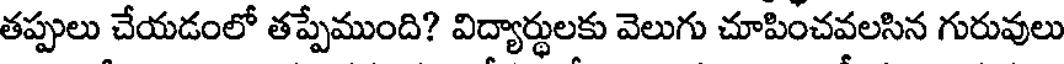
తప్పులు చేయడంలో తప్పేముంది? విద్యార్థులకు వెలుగు చూపించవలసిన గురువులు